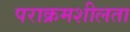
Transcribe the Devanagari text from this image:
पराक्रमशीलता